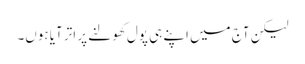
لیکن آج میں اپنے ہی پول کھولنے پر اتر آیا ہوں۔